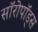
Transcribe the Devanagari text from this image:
सॉरोपॉड्स